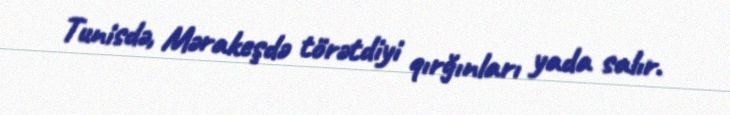
Tunisdə, Mərakeşdə törətdiyi qırğınları yada salır.